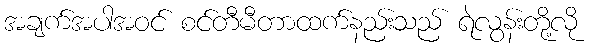
အချက်အပါအဝင် စင်တီမီတာထက်နည်းသည် ရဲလွန်းတို့လို